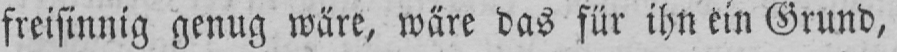
freisinnig genug wäre, wäre das für ihn ein Grund,